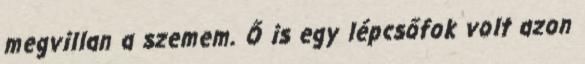
megvillan a szemem. Ő is egy lépcsőfok volt azon